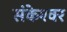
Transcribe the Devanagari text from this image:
संकेश्‍वर